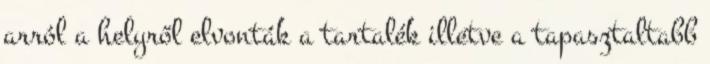
arról a helyről elvonták a tartalék illetve a tapasztaltabb